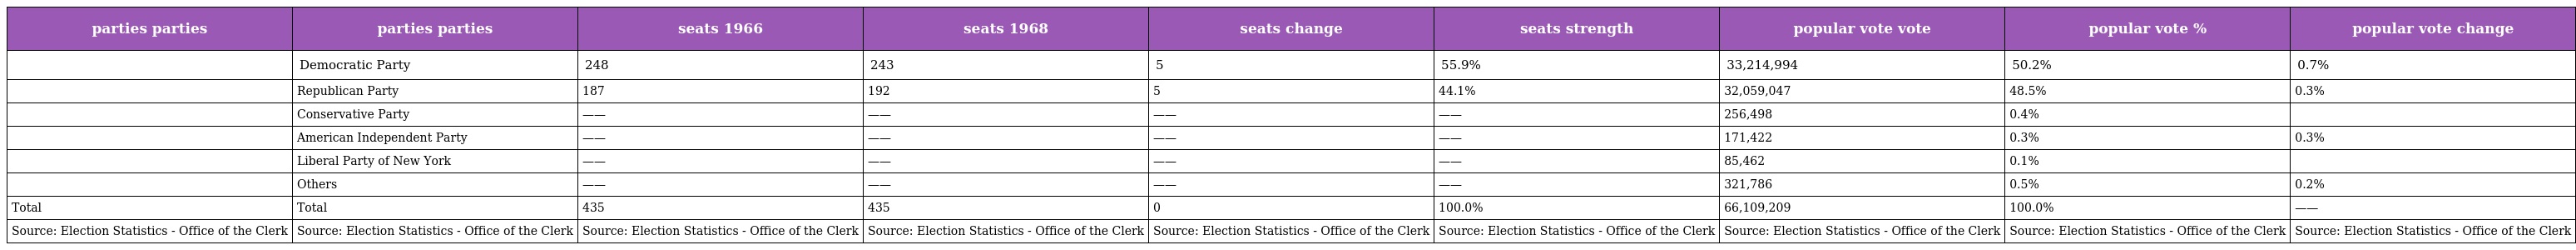
| parties parties | parties parties | seats 1966 | seats 1968 | seats change | seats strength | popular vote vote | popular vote % | popular vote change |
 | --- | --- | --- | --- | --- | --- | --- | --- | --- |
 |  | Democratic Party | 248 | 243 | 5 | 55.9% | 33,214,994 | 50.2% | 0.7% |
 |  | Republican Party | 187 | 192 | 5 | 44.1% | 32,059,047 | 48.5% | 0.3% |
 |  | Conservative Party | —— | —— | —— | —— | 256,498 | 0.4% |  |
 |  | American Independent Party | —— | —— | —— | —— | 171,422 | 0.3% | 0.3% |
 |  | Liberal Party of New York | —— | —— | —— | —— | 85,462 | 0.1% |  |
 |  | Others | —— | —— | —— | —— | 321,786 | 0.5% | 0.2% |
 | Total | Total | 435 | 435 | 0 | 100.0% | 66,109,209 | 100.0% | —— |
 | Source: Election Statistics - Office of the Clerk | Source: Election Statistics - Office of the Clerk | Source: Election Statistics - Office of the Clerk | Source: Election Statistics - Office of the Clerk | Source: Election Statistics - Office of the Clerk | Source: Election Statistics - Office of the Clerk | Source: Election Statistics - Office of the Clerk | Source: Election Statistics - Office of the Clerk | Source: Election Statistics - Office of the Clerk |